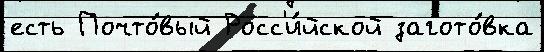
есть Почто́вый Росс'и́йской загото́вка